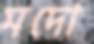
মদো